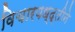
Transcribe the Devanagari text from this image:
विचारपध्द्तीने